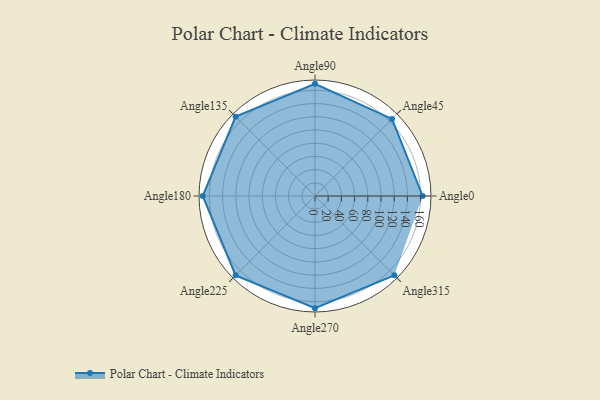
{"axis": {"x": "Angle", "y": "Radius"}, "legend": [""], "data": [{"x": "Angle0", "y": 163.0, "type": ""}, {"x": "Angle45", "y": 165.0, "type": ""}, {"x": "Angle90", "y": 170, "type": ""}, {"x": "Angle135", "y": 170, "type": ""}, {"x": "Angle180", "y": 170, "type": ""}, {"x": "Angle225", "y": 170, "type": ""}, {"x": "Angle270", "y": 170, "type": ""}, {"x": "Angle315", "y": 170, "type": ""}]}